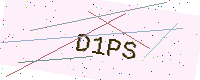
Text: D1PS